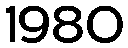
1980